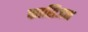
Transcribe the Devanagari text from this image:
फासिजम